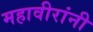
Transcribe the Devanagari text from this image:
महावीरांनी